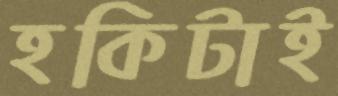
হকিটাই